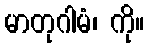
မာတုဂါမံ၊ ကို။